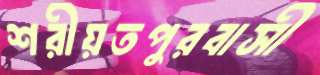
শরীয়তপুরবাসী